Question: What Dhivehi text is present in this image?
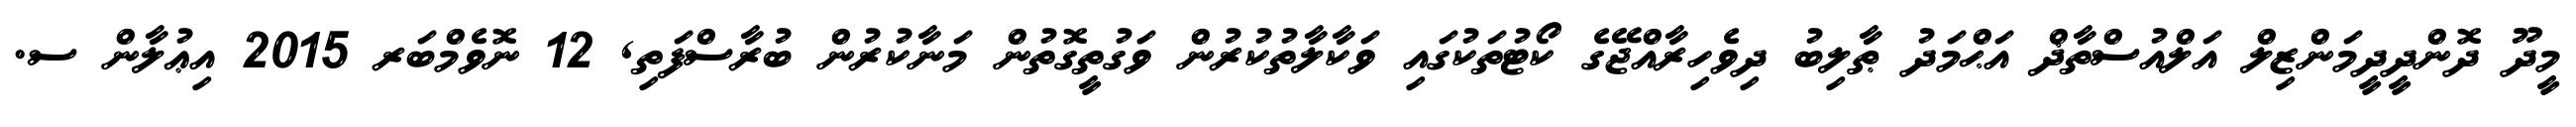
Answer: މީދޫ ދޮންދީދީމަންޒިލް އަލްއުސްތާޛް އަޙްމަދު ޠާލިބު ދިވެހިރާއްޖޭގެ ކޯޓުތަކުގައި ވަކާލާތުކުރުން ވަގުތީގޮތުން މަނާކުރުން ބުރާސްފަތި, 12 ނޮވެމްބަރ 2015 އިޢުލާން ސ.